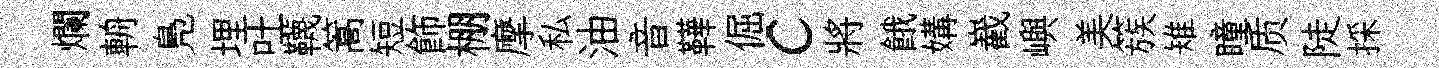
爛輈鳬埋吐韈篙短飾棚摩私油音鞾倔c將餓媾嶻嶼美簇雉瞳质陡採